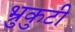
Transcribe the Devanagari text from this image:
भ्रुकुटी